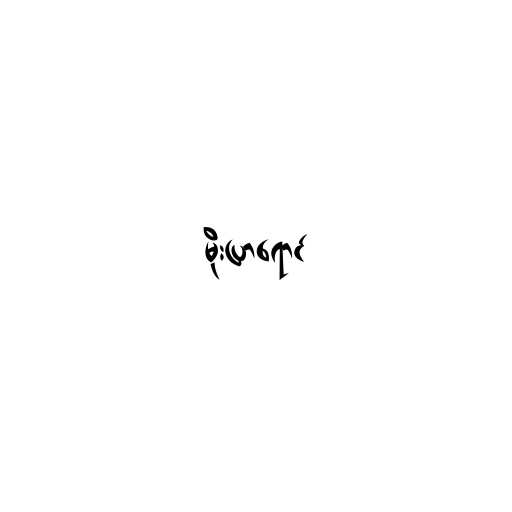
မိုးပြာရောင်